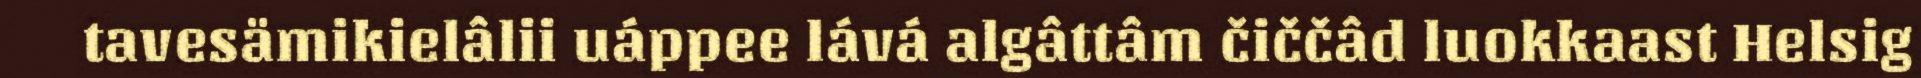
tavesämikielâlii uáppee lává algâttâm čiččâd luokkaast Helsig